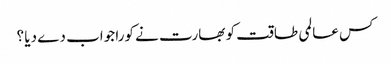
کس عالمی طاقت کو بھارت نے کورا جواب دے دیا ؟